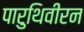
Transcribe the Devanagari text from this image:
पारुथिवीरन